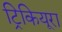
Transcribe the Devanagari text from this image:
ट्रिकियूरा